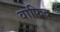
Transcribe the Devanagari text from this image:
वाफिद